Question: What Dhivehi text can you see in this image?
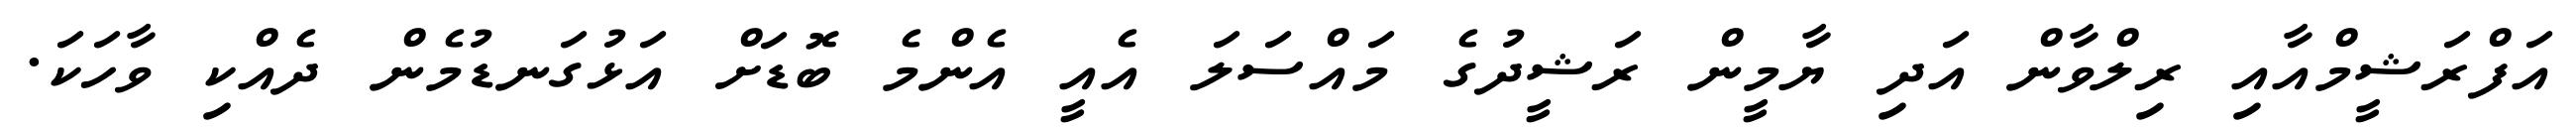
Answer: އަފްރަޝީމްއާއި ރިލްވާން އަދި ޔާމީން ރަޝީދުގެ މައްސަލަ އެއީ އެންމެ ބޮޑަށް އަޅުގަނޑުމެން ދެއްކި ވާހަކަ.